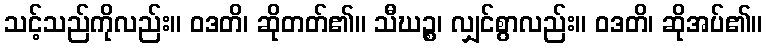
သင့်သည်ကိုလည်း။ ဝဒတိ၊ ဆိုတတ်၏။ သီဃဉ္စ၊ လျှင်စွာလည်း။ ဝဒတိ၊ ဆိုအပ်၏။